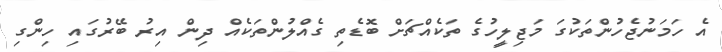
އެ ހަމަނުޖެހުންތަކުގަ މަޖިލީހުގެ ތަކެއްޗަށް ބޮޑެތި ގެއްލުންތަކެއް ދިން އިރު ބޭރުގައި ހިންގި